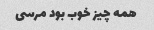
همه چیز خوب بود مرسى